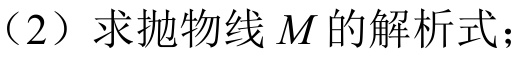
(2) 求抛物线$M$的解析式；